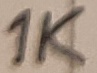
Text: 1K